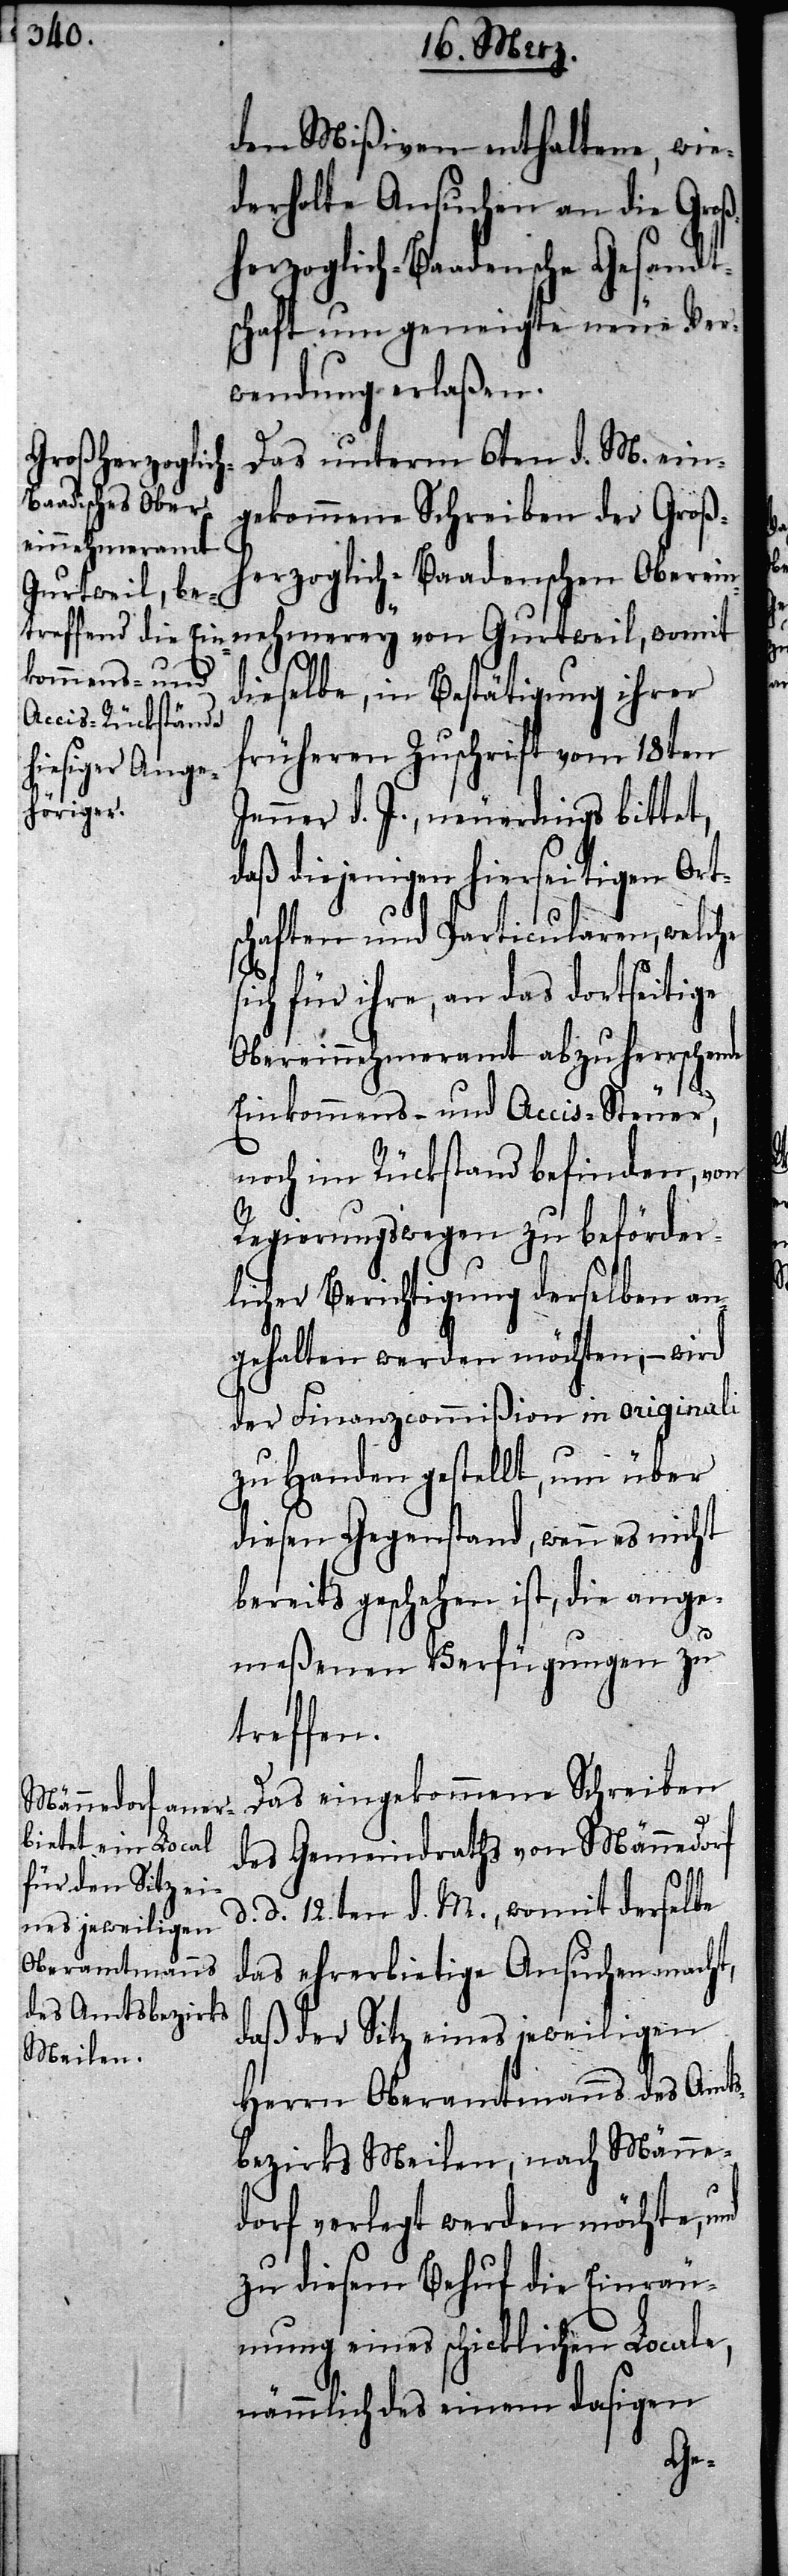
den Mißiven enthaltene, wie¬
derholte Ansuchen an die Groß¬
herzoglich-Baadensche Gesandt¬
schaft um geneigte neue Ver¬
wendung erlaßen.
Das unterm 6ten d. M. ein¬
gekommene Schreiben der Groß¬
nehmerey
herzoglich-Baadenschen Oberein¬
Gurtweil, wo¬
dieselbe, in Bestätigung ihrer
früheren Zuschrift vom 18ten
Jenner d. J., neuerdings bittet,
das diejenigen hierseitigen Orts¬
chaften und Particularen, welche
sich für ihre, an das dortseitige
Obereinnehmeramt abzuherrschende
d.
Einkommens- und Accis-Steuer,
noch im Rückstand befinden, von
Regierungswegen zu beförder¬
licher Berichtigung derselben an¬
gehalten werden möchten, – wird
der Finanzcommißion in originali
zu Handen gestellt, um über
diesen Gegenstand, wenn es nicht
bereits geschehen ist, die ange¬
meßenen Verfügungen zu
treffen.
Das eingekommene Schreiben
des Gemeindraths von Männedorf
d. 12ten d. M., womit derselbe
das ehrerbietige Ansuchen macht,
daß der Sitz eines jeweiligen
Herrn Oberamtsmanns des Amts¬
bezirks Meilen, nach Männe¬
dorf verlegt werden möchte, und
zu diesem Behuf die Einräu¬
mung eines schicklichen Locale,
nämmlich des einem dasigen